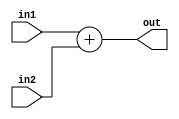
module add(
	input [3:0] in1,
	input [3:0] in2,
	output[4:0] out //out=in1+in2
);

	assign out=in1+in2;

endmodule